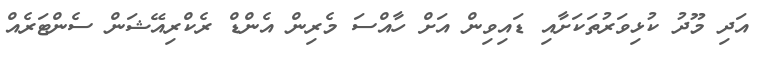
އަދި މޫދު ކުޅިވަރުތަކަށާއި ޑައިވިން އަށް ހާއްސަ މެރިން އެންޑް ރެކްރިއޭޝަން ސެންޓަރެއް